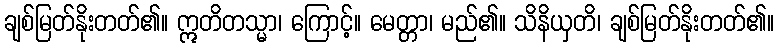
ချစ်မြတ်နိုးတတ်၏။ ဣတိတသ္မာ၊ ကြောင့်။ မေတ္တာ၊ မည်၏။ သိနိယှတိ၊ ချစ်မြတ်နိုးတတ်၏။